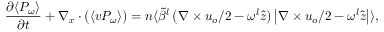
\frac { \partial \langle P _ { \omega } \rangle } { \partial t } + \nabla _ { \boldsymbol { x } } \cdot \big ( \langle \boldsymbol { v } P _ { \omega } \rangle \big ) = n \langle \widetilde { \beta } ^ { l } \left( \nabla \times \boldsymbol { u } _ { o } / 2 - \omega ^ { l } \hat { \boldsymbol { z } } \right) \left| \nabla \times \boldsymbol { u } _ { o } / 2 - \omega ^ { l } \hat { \boldsymbol { z } } \right| \rangle ,